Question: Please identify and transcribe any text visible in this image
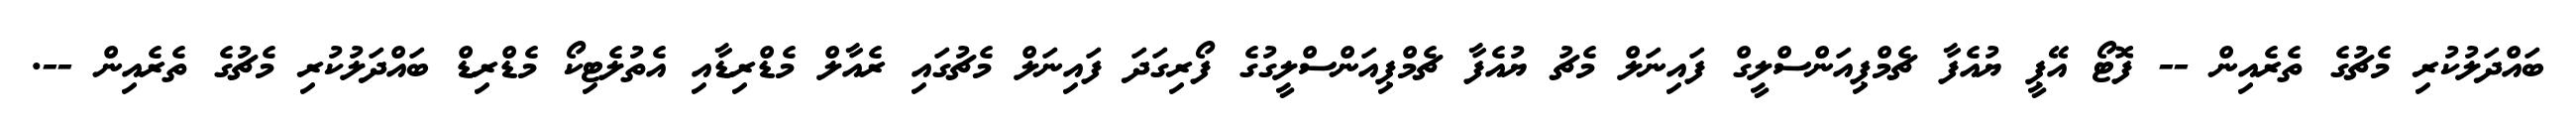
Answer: ބައްދަލުކުރި މެޗުގެ ތެރެއިން -- ފޮޓޯ އޭޕީ ޔުއެފާ ޗެމްޕިއަންސްލީގް ފައިނަލް މެޗު ޔުއެފާ ޗެމްޕިއަންސްލީގުގެ ފޯރިގަދަ ފައިނަލް މެޗުގައި ރެއާލް މެޑްރިޑާއި އެތުލެޓިކޯ މެޑްރިޑް ބައްދަލުކުރި މެޗުގެ ތެރެއިން --.